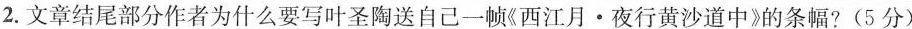
2.文章结尾部分作者为什么要写叶圣陶送自己一帧《西江月·夜行黄沙道中》的条幅?(5分)